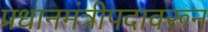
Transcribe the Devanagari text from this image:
प्रधानमंत्रीपदावरून